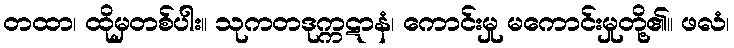
တထာ၊ ထိုမှတစ်ပါး။ သုကတဒုက္ကဋာနံ၊ ကောင်းမှု မကောင်းမှုတို့၏။ ဖလံ၊